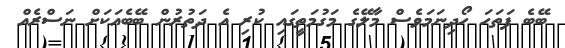
ބޭބެ ފަތަހަ ހޯދިނަމަވެސް މާލޭގެ މަގުމަތީގައި ކުރި އެ ދަތުރުން ބޭބެއަކަށް ނަސްރެއް